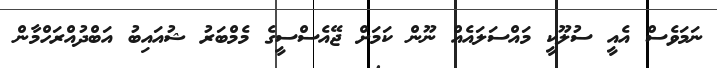
ނަމަވެސް އެއީ ސުލޫކީ މައްސަލައެއް ނޫން ކަމަށް ޖޭއެސްސީގެ މެމްބަރު ޝުއައިބު އަބްދުއްރަހްމާން